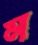
ম